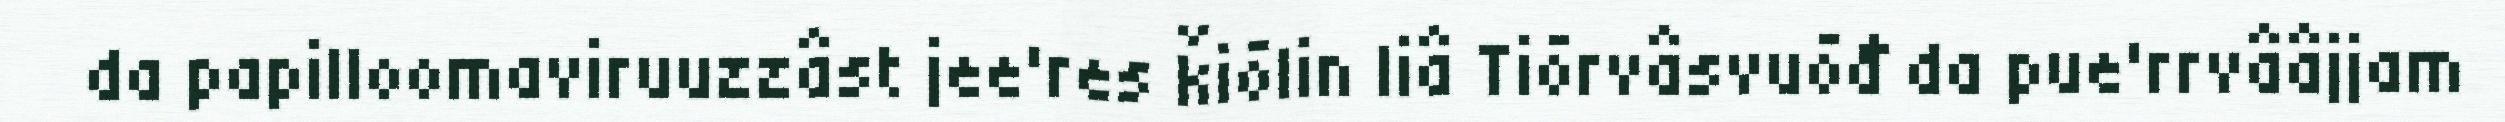
da papilloomaviruuzzâst jee'res ǩiõlin liâ Tiõrvâsvuõđ da pue'rrvââjjam